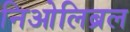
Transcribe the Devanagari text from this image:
निओलिब्रल